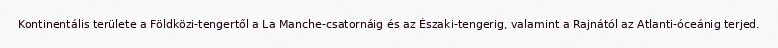
Kontinentális területe a Földközi-tengertől a La Manche-csatornáig és az Északi-tengerig, valamint a Rajnától az Atlanti-óceánig terjed.